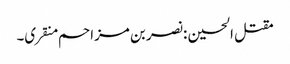
مقتل الحسین :نصر بن مزاحم منقری۔